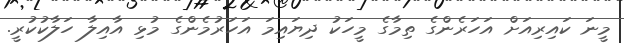
މީނަ ކައިރިއަށް އަހަރެންގެ ތިމާގެ މީހަކު ދިޔައިމަ އަހަރުމެންގެ މުޅި އާއިލާ ހަލާކުކުރީ.